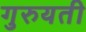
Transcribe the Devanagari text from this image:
गुरुयती